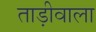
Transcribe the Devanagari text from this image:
ताड़ीवाला